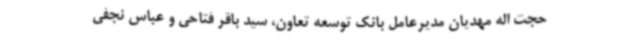
حجت اله مهدیان مدیرعامل بانک توسعه تعاون، سید باقر فتاحی و عباس نجفی